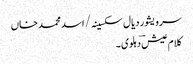
سرویشور دیال سکسینہ/ اسد محمد خاں
کلام عیش ؔدہلوی ۔